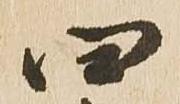
四